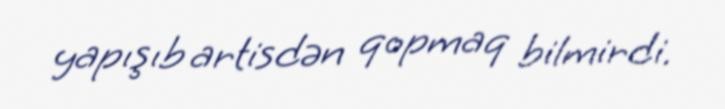
yapışıb artisdən qopmaq bilmirdi.